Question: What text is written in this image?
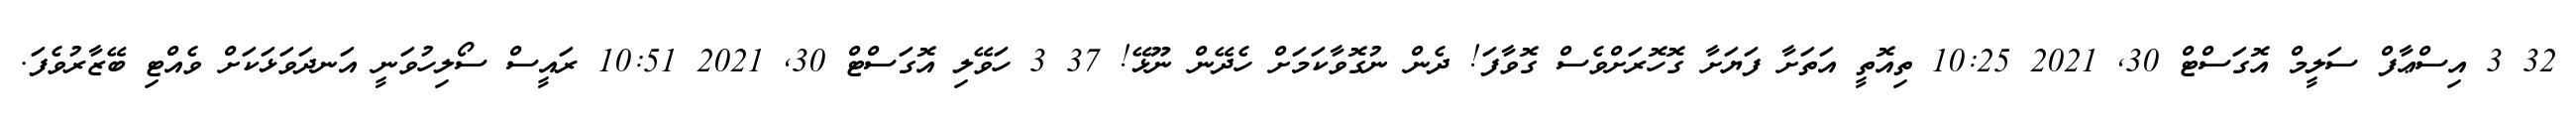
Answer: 32 3 އިސްޢާފް ސަލީމް އޮގަސްޓް 30, 2021 10:25 ތިއޮތީ އަތަށާ ފަޔަށާ ގޮހޮރަށްވެސް ގޮވާފަ! ދެން ނުގޮވާކަމަށް ހެދޭން ނޫޅޭ! 37 3 ހަވޭލި އޮގަސްޓް 30, 2021 10:51 ރައީސް ސޯލިހުވަނީ އަނދަވަޅަކަށް ވެއްޓި ބޭޒާރުވެފަ.